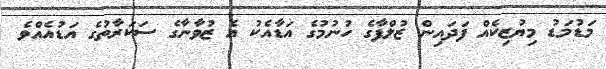
މަޑުމަޑު މިޔުޒިކެއް ފަދައިން ޒުލްފާގެ ހުނުމުގެ އަޑާއެކު އެ ޒުވާނާގެ ސަކަރާތުގެ އަޑުއެއްވެ